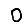
Digit: 0